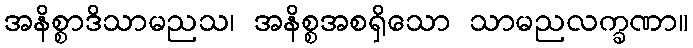
အနိစ္စာဒိသာမညသ၊ အနိစ္စအစရှိသော သာမညလက္ခဏာ။